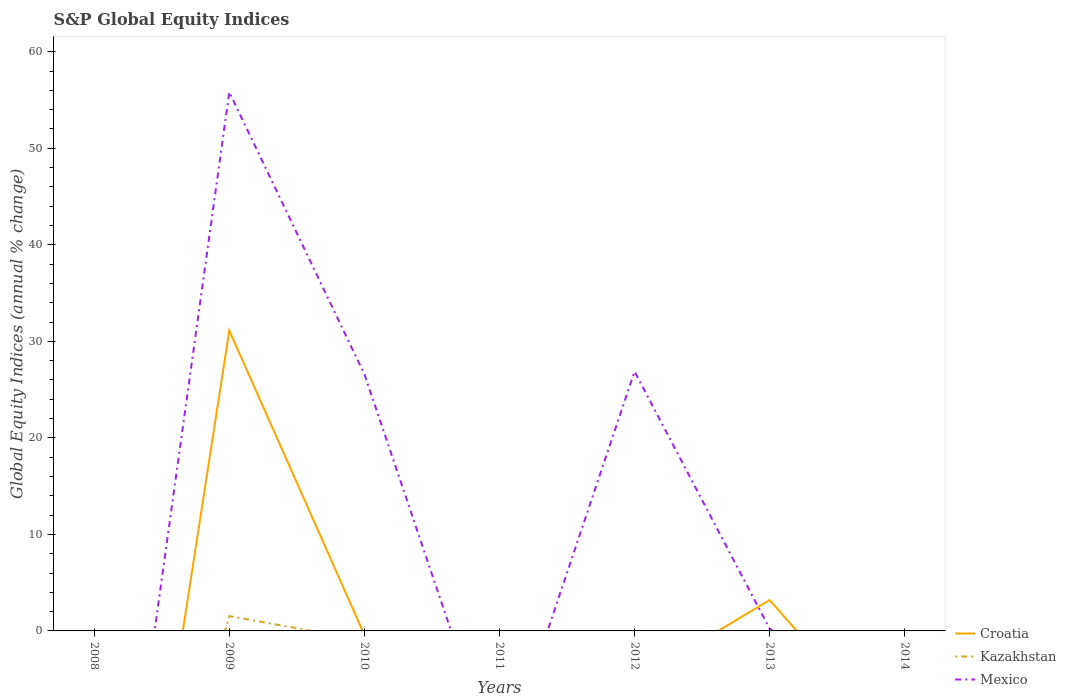
| Years | Croatia | Kazakhstan | Mexico |
 | --- | --- | --- | --- |
 | 2008 | -59.3 | -47 | -45.1 |
 | 2009 | 31.1 | 1.53 | 55.8 |
 | 2010 | -0.404 | -0.97 | 26.6 |
 | 2011 | -30.3 | -36.4 | -14.8 |
 | 2012 | -5.2 | -12.7 | 26.9 |
 | 2013 | 3.2 | -22.5 | 0.237 |
 | 2014 | -12.7 | -16 | -9.68 |